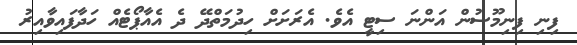
ފިނި ފިނިމޫސުން އަންނަ ސިޓީ އެވެ. އެރަށަށް ހިދުމަތްދޭ ދެ އެއާޕޯޓެއް ހަދާފައިވާއިރު